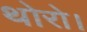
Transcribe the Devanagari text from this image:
थोरो।